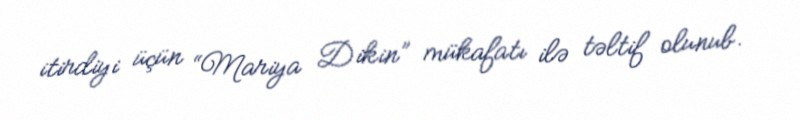
itirdiyi üçün “Mariya Dikin” mükafatı ilə təltif olunub.